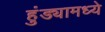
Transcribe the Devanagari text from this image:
हुंड्यामध्ये